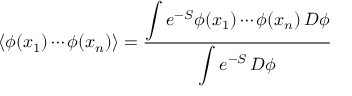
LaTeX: \left\langle \phi ( x _ { 1 } ) \cdots \phi ( x _ { n } ) \right\rangle = { \frac { \displaystyle \int e ^ { - S } \phi ( x _ { 1 } ) \cdots \phi ( x _ { n } ) \, D \phi } { \displaystyle \int e ^ { - S } \, D \phi } }